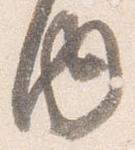
内